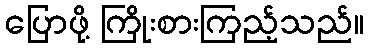
ပြောဖို့ ကြိုးစားကြည့်သည်။